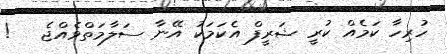
ހުރިހާ ކަމެއް ކުރީ ޝަރީފް އެކަމަކު އޭނާ ސަލާމަތްވެއްޖެ   !